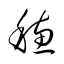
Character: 穗